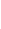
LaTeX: \! \! \! \! \! \! \! \! \! \! \! \eta\! \! \! \! \! \! \! \! \! \! \! \! _{\! }\! \! \! \! \! \! \! \! \! \! \! 1\! \! \! \! \! \! \! \! \! \! \! \! =\! \! \! \! \! \! \! \! \! \! \! \! \eta\! \! \! \! \! \! \! \! \! \! \! \! (\! \! \! \! \! \! \! \! \! \! \! \! -r\! \! \! \! \! \! \! \! \! \! \! \! ,\! \! \! \! \! \! \! \! \! \! \! \! 0\! \! \! \! \! \! \! \! \! \! \! \! )\! \! \! \! \! \! \! \! \! \! \!